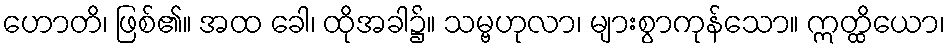
ဟောတိ၊ ဖြစ်၏။ အထ ခေါ၊ ထိုအခါ၌။ သမ္ဗဟုလာ၊ များစွာကုန်သော။ ဣတ္ထိယော၊